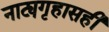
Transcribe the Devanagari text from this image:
नाट्यगृहासही